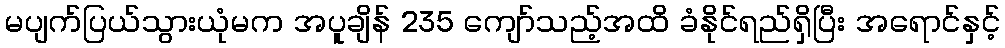
မပျက်ပြယ်သွားယုံမက အပူချိန် 235 ကျော်သည့်အထိ ခံနိုင်ရည်ရှိပြီး အရောင်နှင့်